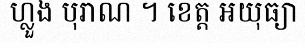
ហ្លួង បុរាណ ។ ខេត្ត អយុធ្យា